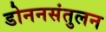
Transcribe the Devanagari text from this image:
डोननसंतुलन